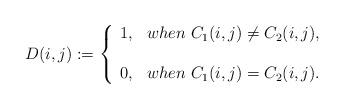
LaTeX: \begin{align*}&D(i,j):=\left\{\begin{array}{ll}1,&when~C_1(i,j)\neq C_2(i,j),\\\\0,&when~C_1(i,j)= C_2(i,j).\\\end{array}\right.\end{align*}